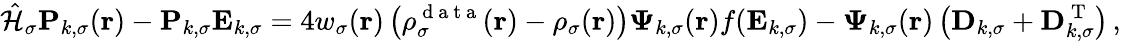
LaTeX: \hat{\mathcal{{H}}}_{\sigma}\mathbf{P}_{k,\sigma}(\boldsymbol{\textbf{r}})-\mathbf{P}_{k,\sigma}\mathbf{E}_{k,\sigma}=4w_{\sigma}(\boldsymbol{\textbf{r}})\left(\rho_{\sigma}^{\mathrm{~d~a~t~a~}}(\boldsymbol{\textbf{r}})-\rho_{\sigma}(\boldsymbol{\textbf{r}})\right)\boldsymbol{\Psi}_{k,\sigma}(\boldsymbol{\textbf{r}})f(\mathbf{E}_{k,\sigma})-\boldsymbol{\Psi}_{k,\sigma}(\boldsymbol{\textbf{r}})\left(\mathbf{D}_{k,\sigma}+\mathbf{D}_{k,\sigma}^{\mathrm{~T~}}\right)\, ,